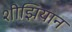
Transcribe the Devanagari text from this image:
शीझियान